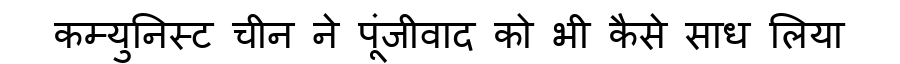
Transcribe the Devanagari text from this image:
कम्युनिस्ट चीन ने पूंजीवाद को भी कैसे साध लिया